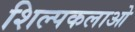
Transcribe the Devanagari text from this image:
शिल्पकलाओ